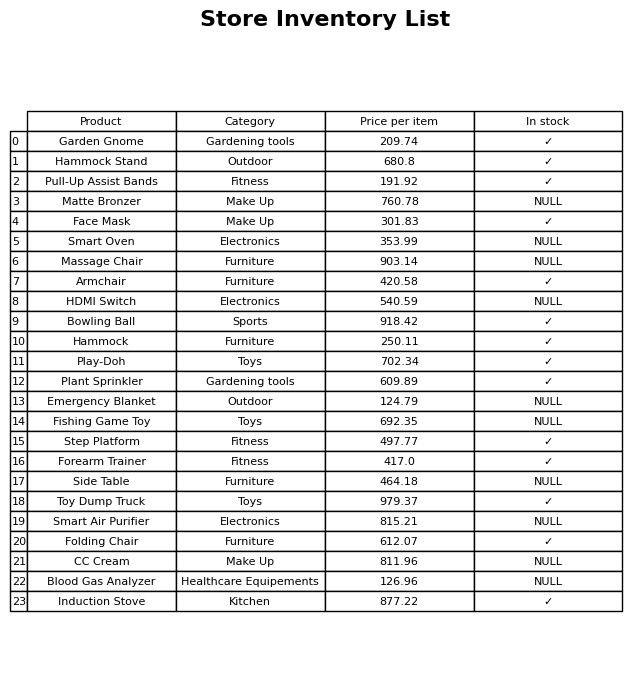
question: What is the price of the Induction Stove?
answer: The price of Induction Stove is 877.22.